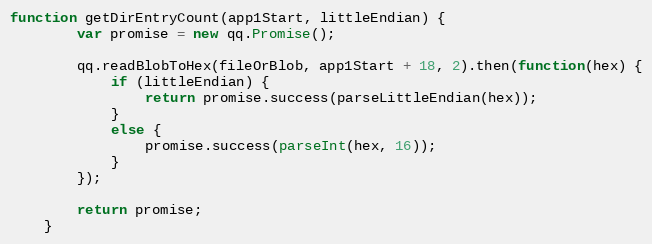
Language: JavaScript
function getDirEntryCount(app1Start, littleEndian) {
        var promise = new qq.Promise();

        qq.readBlobToHex(fileOrBlob, app1Start + 18, 2).then(function(hex) {
            if (littleEndian) {
                return promise.success(parseLittleEndian(hex));
            }
            else {
                promise.success(parseInt(hex, 16));
            }
        });

        return promise;
    }